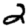
Digit: 2